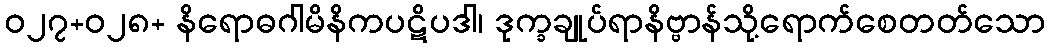
ဝ၂၇+၀၂၈+ နိရောဓဂါမိနိကပဋိပဒါ၊ ဒုက္ခချုပ်ရာနိဗ္ဗာန်သို့ရောက်စေတတ်သော